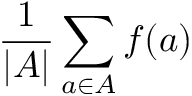
{ \frac { 1 } { | A | } } \sum _ { a \in A } f ( a )